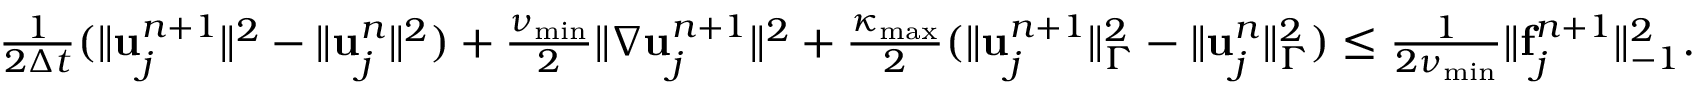
\begin{array} { r } { \frac { 1 } { 2 \Delta t } ( \| { \bf u } _ { j } ^ { n + 1 } \| ^ { 2 } - \| { \bf u } _ { j } ^ { n } \| ^ { 2 } ) + \frac { \nu _ { \operatorname* { m i n } } } { 2 } \| \nabla { \bf u } _ { j } ^ { n + 1 } \| ^ { 2 } + \frac { \kappa _ { \operatorname* { m a x } } } { 2 } ( \| { \bf u } _ { j } ^ { n + 1 } \| _ { \Gamma } ^ { 2 } - \| { \bf u } _ { j } ^ { n } \| _ { \Gamma } ^ { 2 } ) \le \frac { 1 } { 2 \nu _ { \operatorname* { m i n } } } \| { \bf f } _ { j } ^ { n + 1 } \| _ { - 1 } ^ { 2 } . } \end{array}